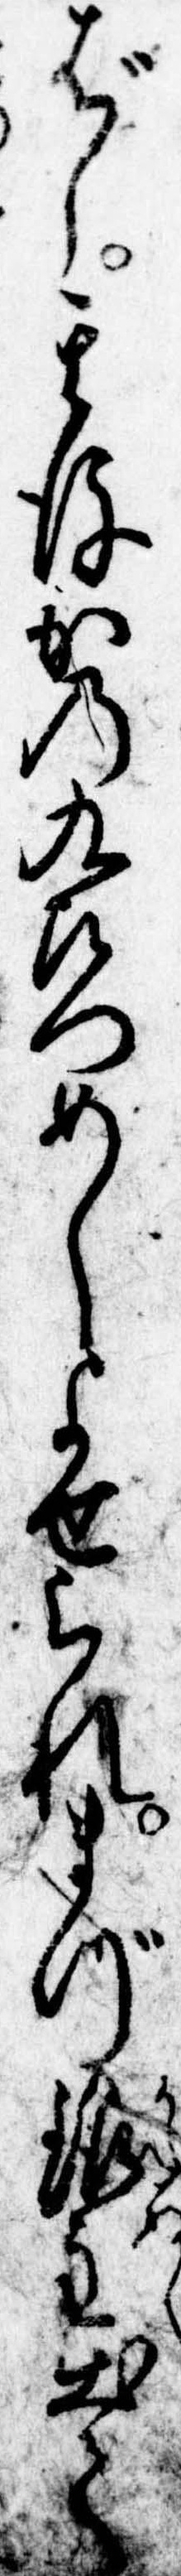
ばし其後かの九左門めしよせられまづ銀主出て